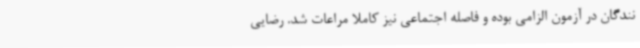
نندگان در آزمون الزامی بوده و فاصله اجتماعی نیز کاملا مراعات شد. رضایی